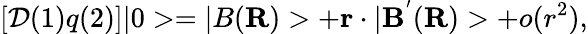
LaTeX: [\mathcal{D}(1)q(2)]|0>=|B({\mathbf{R}})>+{\mathbf{r}}\cdot|{\mathbf{B}}^{'}({\mathbf{R}})>+o(r^{2}),